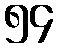
၅၄